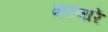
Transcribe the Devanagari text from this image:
करणारें